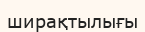
ширақтылығы